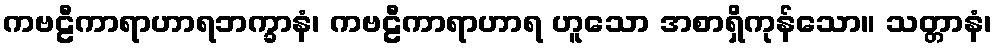
ကဗဠီကာရာဟာရဘက္ခာနံ၊ ကဗဠီကာရာဟာရ ဟူသော အစာရှိကုန်သော။ သတ္တာနံ၊